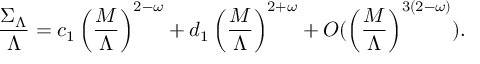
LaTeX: \frac { \Sigma _ { \Lambda } } { \Lambda } = c _ { 1 } \left( \frac { M } { \Lambda } \right) ^ { 2 - \omega } + d _ { 1 } \left( \frac { M } { \Lambda } \right) ^ { 2 + \omega } + { \cal O } ( \left( { \frac { M } { \Lambda } } \right) ^ { 3 ( 2 - \omega ) } ) .